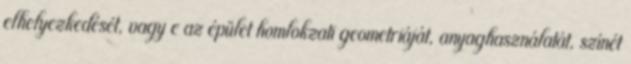
elhelyezkedését, vagy e az épület homlokzati geometriáját, anyaghasználatát, színét